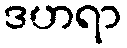
ဒဟရာ